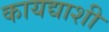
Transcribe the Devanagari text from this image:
कायद्याशी